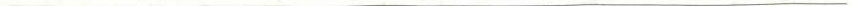
___